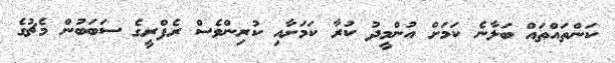
ކަންތައްތައް ބަލާނެ ކަމަށް އުންމީދު ކުރާ ކަމަށާއި ކުރިންވެސް ރެފްރީގެ ސަބަބުން މެޗުގެ